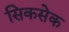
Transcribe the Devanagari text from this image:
सिकसेक